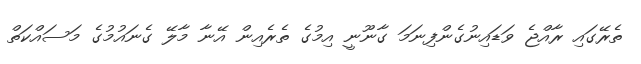
ތެރޭގައި ރާއްޖެ ވަޑައިނުގެންފިނަމަ ގާނޫނީ އިމުގެ ތެރެއިން އޭނާ މާލޭ ގެނައުމުގެ މަސައްކަތް